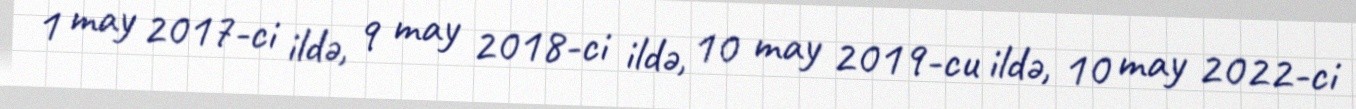
1 may 2017-ci ildə, 9 may 2018-ci ildə, 10 may 2019-cu ildə, 10 may 2022-ci